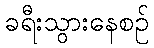
ခရီးသွားနေစဉ်